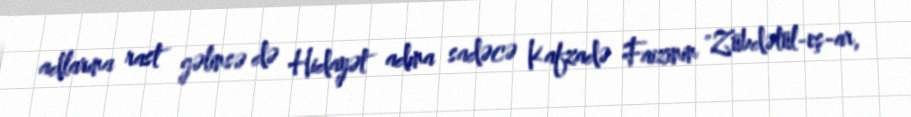
adlarına rast gəlinsə də Hidayət adına sadəcə Kafzadə Faizinin "Zübdətül-eş-ar,